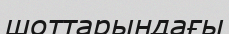
шоттарындағы